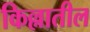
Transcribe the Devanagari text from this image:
किल्लातील